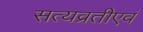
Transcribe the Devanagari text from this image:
सत्यव्रतीएवं